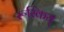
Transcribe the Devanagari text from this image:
रूस्किय्